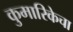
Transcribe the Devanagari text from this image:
कुमारिकेचा